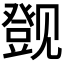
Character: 𬢔